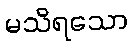
မသိရသော